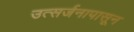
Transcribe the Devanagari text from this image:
उत्सर्जनापासून